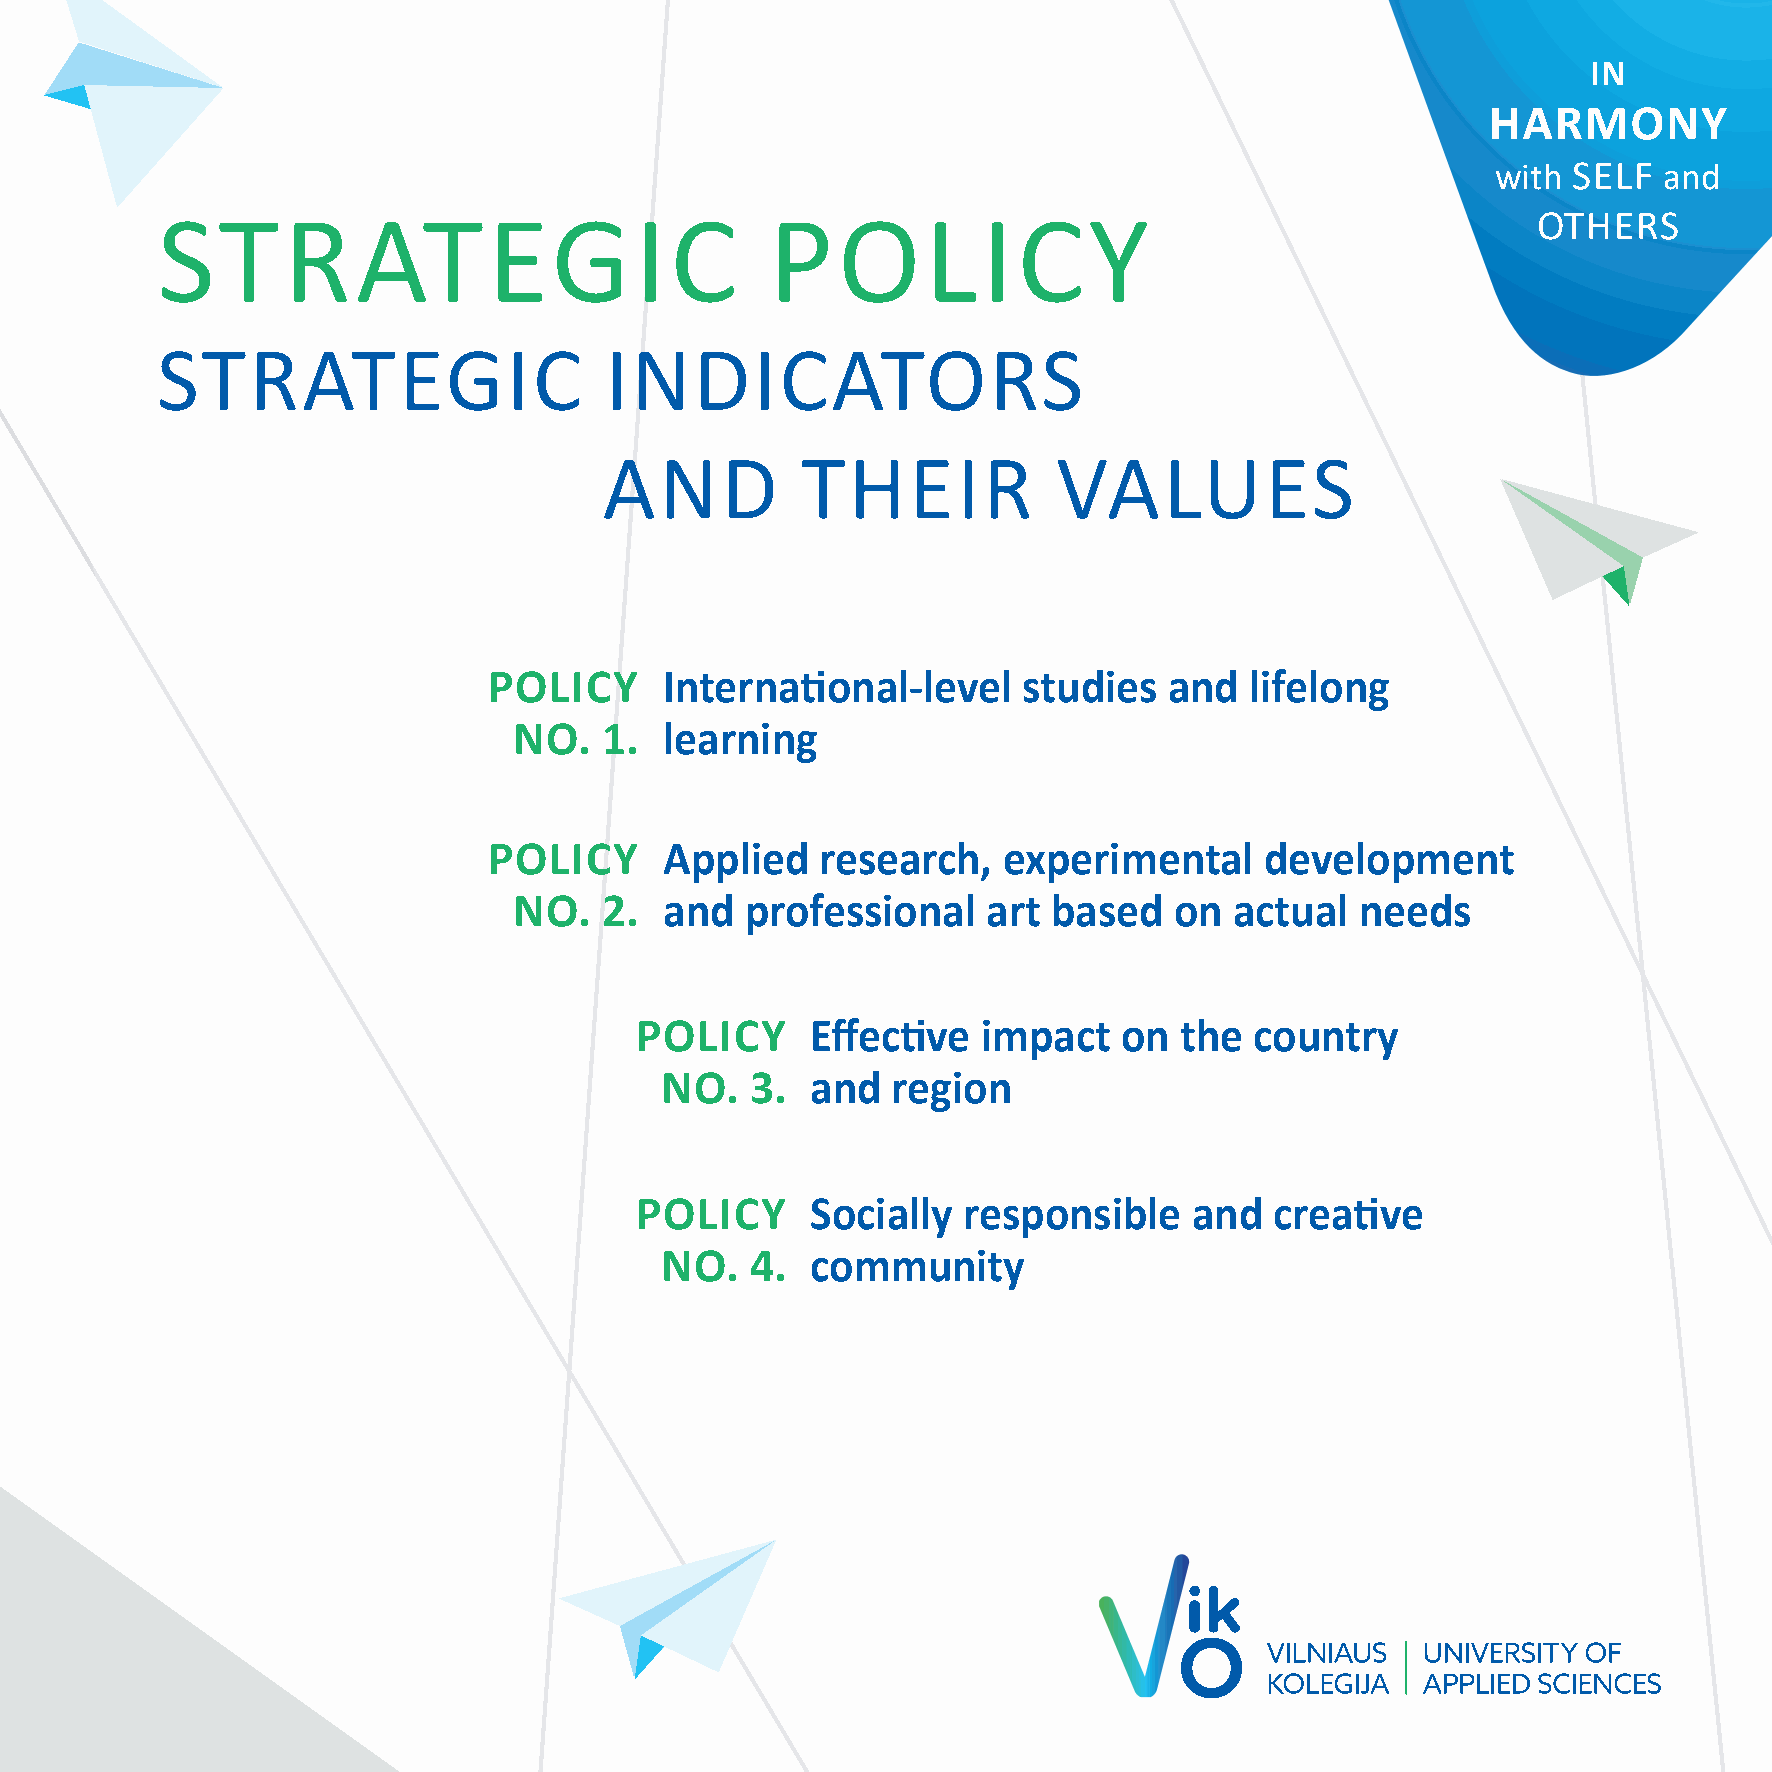
IN
 HARMONY
 with SELF  and
 STRATEGIC                                POLICY                                             OTHERS
 STRATEGIC                     INDICATORS
 AND          THEIR            VALUES
 POLICY      Internati  onal-level   studies  and   lifelong
 NO.   1.  learning
 POLICY      Applied   research,   experimental      development
 NO.   2.  and  professional    art  based   on  actual  needs
 POLICY      Eff ecti ve impact  on  the  country
 NO.   3.  and  region
 POLICY      Socially  responsible    and  creati ve
 NO.   4.  community